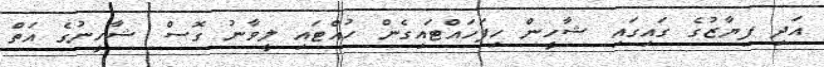
އަދި ފިޔާޒުގެ ގައިގައި ޝާހީން ހިފަހައްޓައިގެން ހުއްޓައި ލީވާނު ގޮސް ޝާހީނުގެ އަތް